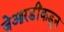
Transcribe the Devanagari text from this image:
जेआरडींकडून